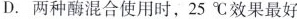
D.两种酶混合使用时，25℃效果最好